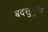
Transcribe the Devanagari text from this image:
बदसुलुकि